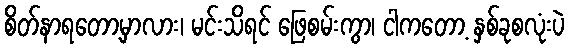
စိတ်နာရတော့မှာလား၊ မင်းသိရင် ဖြေစမ်းကွာ၊ ငါကတော့ နှစ်ခုစလုံးပဲ